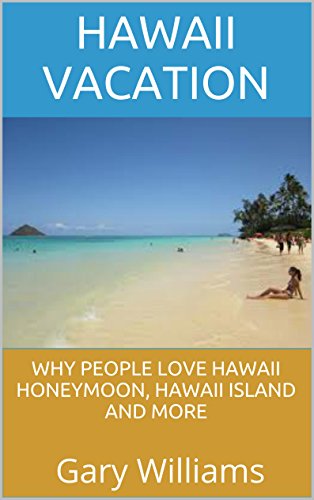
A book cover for Hawaii Vacation: Why People Love Hawaii Honeymoon, Hawaii Island and More; Gary Williams; Crafts, Hobbies & Home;